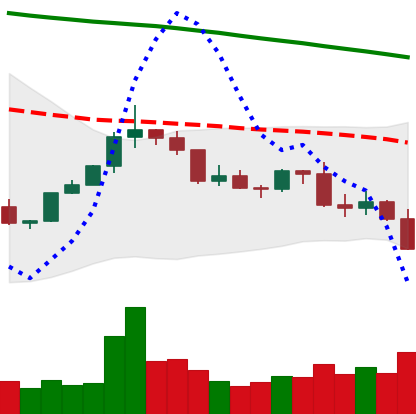
Ticker: XLM-USD
Chart end date: 2022-02-21
Forward return: 7.807%
Label: up_7plus